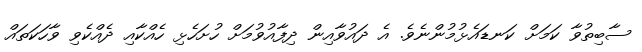
ސާބިތުވާ ކަމަށް ކަނޑައެޅުމުންނެވެ. އެ ދައުވާއިން ދިފާއުވުމަށް ހުށަހެޅި ހެއްކާއި ދެއްކެވި ވާހަކަތައް